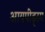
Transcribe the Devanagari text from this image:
आयपीड्रम